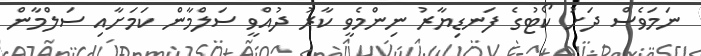
ނަމަވެސް ދަށު ކޯޓުގެ ފަނޑިޔާރު ނިންމެވީ ކާރު ދުއްވީ ސަލްމާން ކަމަށާއި ސަލްމާން